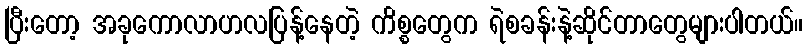
ပြီးတော့ အခုကောလာဟလပြန့်နေတဲ့ ကိစ္စတွေက ရဲစခန်းနဲ့ဆိုင်တာတွေများပါတယ်။